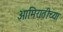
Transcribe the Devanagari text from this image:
आमिरातीच्या